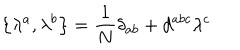
\left\{ \lambda ^ { a } , \lambda ^ { b } \right\} = \frac { 1 } { N } \delta _ { a b } + d ^ { a b c } \lambda ^ { c }